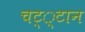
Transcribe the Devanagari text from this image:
चट््टान